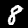
Digit: 8